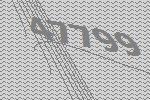
47799